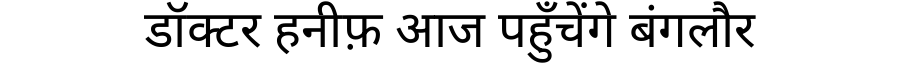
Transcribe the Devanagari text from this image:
डॉक्टर हनीफ़ आज पहुँचेंगे बंगलौर